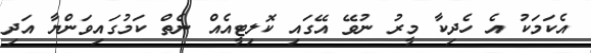
އެކަމަކު އެ ހެދިކާ މީރު ނުވޭ އޭގައި ކޮލިޓީއެއް ނެތް ކަމުގައިވަންޔާ އަދި